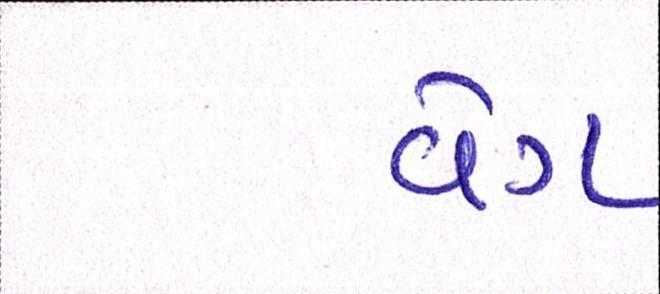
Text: વેગ